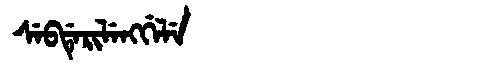
Manchu: ᠰᡝᠪᡩᡝᡵᡳᠯᡝᠩᡤᡝᠯᡝ
Romanization: SEBDERILENGGELE